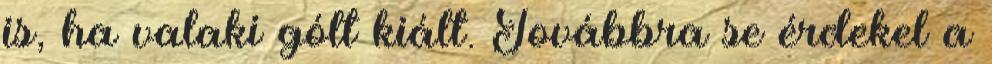
is, ha valaki gólt kiált. Továbbra se érdekel a